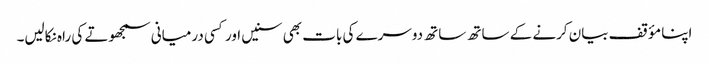
اپنا مؤقف بیان کرنے کے ساتھ ساتھ دوسرے کی بات بھی سنیں اور کسی درمیانی سمجھوتے کی راہ نکالیں۔